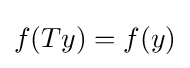
f(Ty)=f(y)